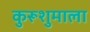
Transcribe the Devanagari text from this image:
कुरूशुमाला